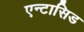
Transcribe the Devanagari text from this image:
एन्टासिड